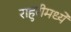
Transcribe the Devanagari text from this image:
राहुरीमध्ये